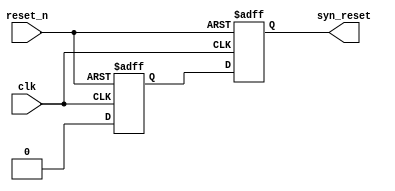
`timescale 1ns / 1ps
//////////////////////////////////////////////////////////////////////////////////
// Company: 
// Engineer: 
// 
// Design Name: 
// Module Name: asyn_rst_syn
// Project Name: 
// Target Devices: 
// Tool Versions: 
// Description: 
// 
// Dependencies: 
// 
// Revision:
// Revision 0.01 - File Created
// Additional Comments:
// 
//////////////////////////////////////////////////////////////////////////////////


module asyn_rst_syn(
    input clk,          
    input reset_n,      
    
    output syn_reset

    );
    reg reset_1;
    reg reset_2;
    assign syn_reset  = reset_2;
    always @ (posedge clk or negedge reset_n) begin
    if(!reset_n) begin
        reset_1 <= 1'b1;
        reset_2 <= 1'b1;
    end
    else begin
        reset_1 <= 1'b0;
        reset_2 <= reset_1;
    end
    end
endmodule